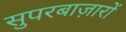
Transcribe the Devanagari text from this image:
सुपरबाज़ारों